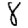
Digit: 8